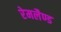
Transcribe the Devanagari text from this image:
रेमलैण्ड